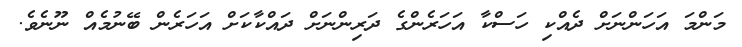
މަންމަ އަހަންނަށް ދެއްކި ހަސްކާ އަހަރެންގެ ދަރިންނަށް ދައްކާކަށް އަހަރެން ބޭނުމެއް ނޫނެެވެ.